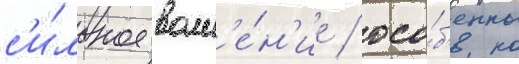
с'и́льное волн'е́н'ие / осо́б'енно